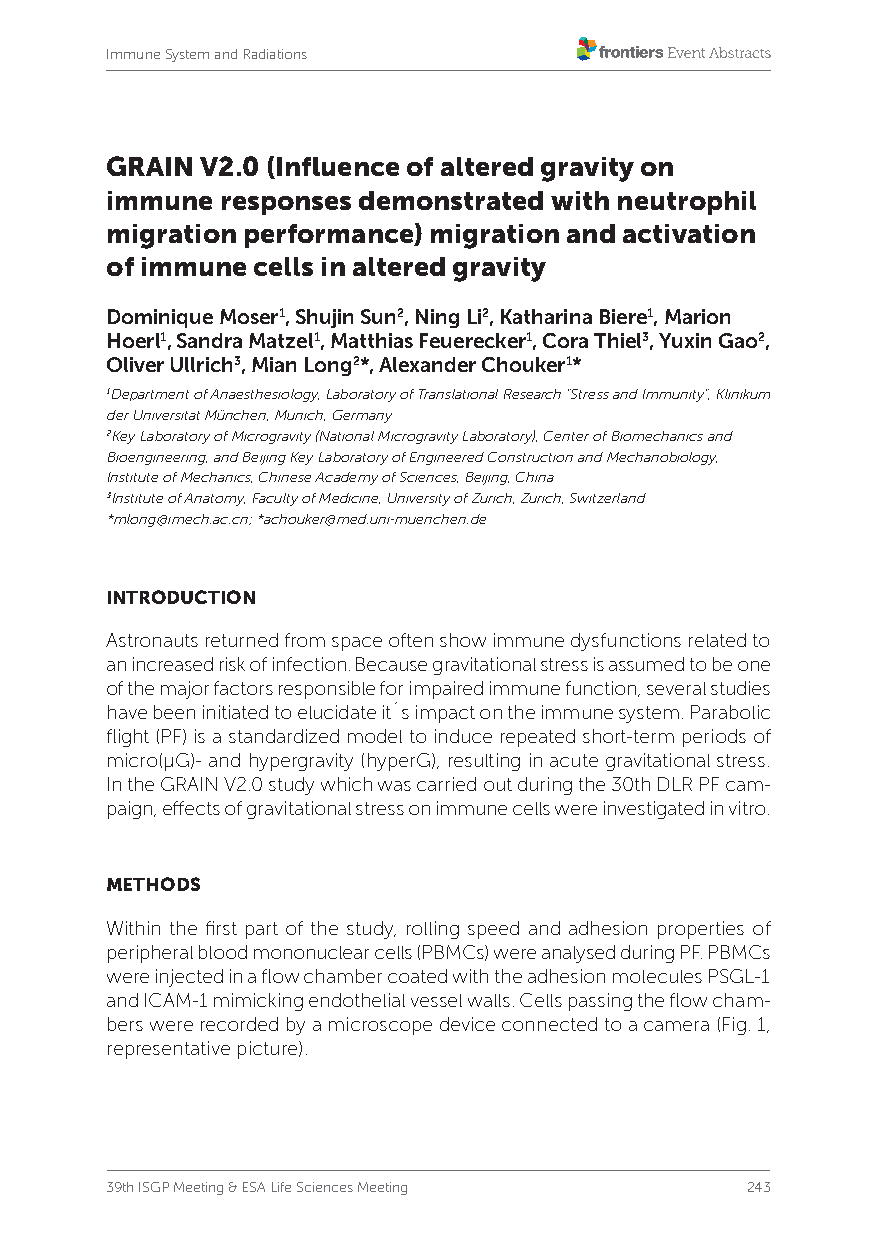
Immune System and Radiations
 GRAIN V2.0 (Influence of altered gravity on
 immune  responses demonstrated with neutrophil
 migration performance) migration and activation
 of immune cells in altered gravity
 Dominique Moser1, Shujin Sun2, Ning Li2, Katharina Biere1, Marion
 Hoerl1, Sandra Matzel1, Matthias Feuerecker1, Cora Thiel3, Yuxin Gao2,
 Oliver Ullrich3, Mian Long2*, Alexander Chouker1*
 1Department of Anaesthesiology, Laboratory of Translational Research “Stress and Immunity”, Klinikum
 der Universität München, Munich, Germany
 2Key Laboratory of Microgravity (National Microgravity Laboratory), Center of Biomechanics and
 Bioengineering, and Beijing Key Laboratory of Engineered Construction and Mechanobiology,
 Institute of Mechanics, Chinese Academy of Sciences, Beijing, China
 3Institute of Anatomy, Faculty of Medicine, University of Zurich, Zurich, Switzerland
 *mlong@imech.ac.cn; *achouker@med.uni-muenchen.de
 INTRODUCTION
 Astronauts returned from space often show immune dysfunctions related to
 an increased risk of infection. Because gravitational stress is assumed to be one
 of the major factors responsible for impaired immune function, several studies
 have been initiated to elucidate it´s impact on the immune system. Parabolic
 flight (PF) is a standardized model to induce repeated short-term periods of
 micro(µG)- and hypergravity (hyperG), resulting in acute gravitational stress.
 In the GRAIN V2.0 study which was carried out during the 30th DLR PF cam-
 paign, effects of gravitational stress on immune cells were investigated in vitro.
 METHODS
 Within the first part of the study, rolling speed and adhesion properties of
 peripheral blood mononuclear cells (PBMCs) were analysed during PF. PBMCs
 were injected in a flow chamber coated with the adhesion molecules PSGL-1
 and ICAM-1 mimicking endothelial vessel walls. Cells passing the flow cham-
 bers were recorded by a microscope device connected to a camera (Fig. 1,
 representative picture).
 39th ISGP Meeting & ESA Life Sciences Meeting 243